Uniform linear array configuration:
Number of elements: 8
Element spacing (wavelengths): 0.5
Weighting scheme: blackman
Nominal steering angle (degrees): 0
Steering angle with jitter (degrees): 0.6404
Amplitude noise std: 0.05
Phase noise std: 0.05

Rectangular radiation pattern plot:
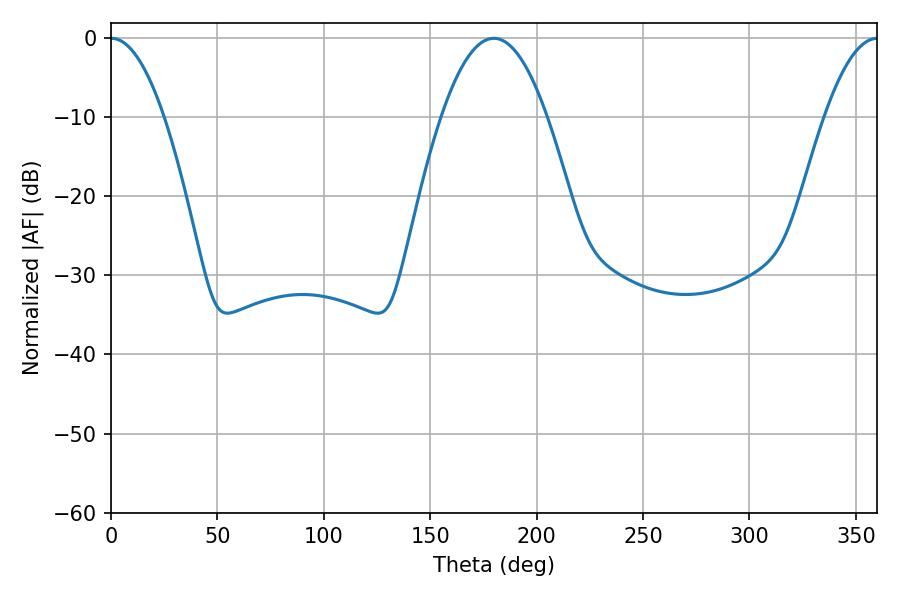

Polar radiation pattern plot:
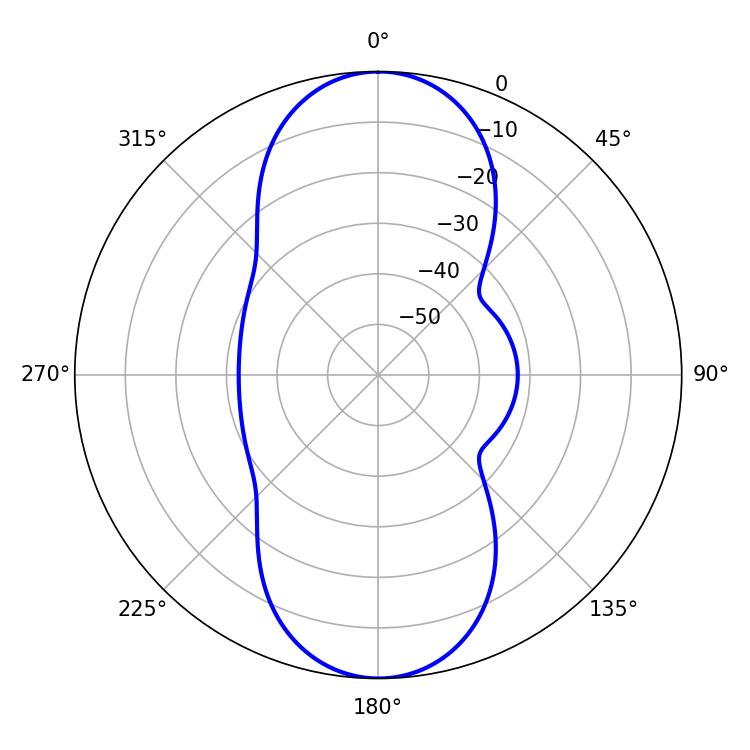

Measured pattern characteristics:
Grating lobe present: FALSE
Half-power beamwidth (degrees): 13.68
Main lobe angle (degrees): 0.18